Elephants and their diseases
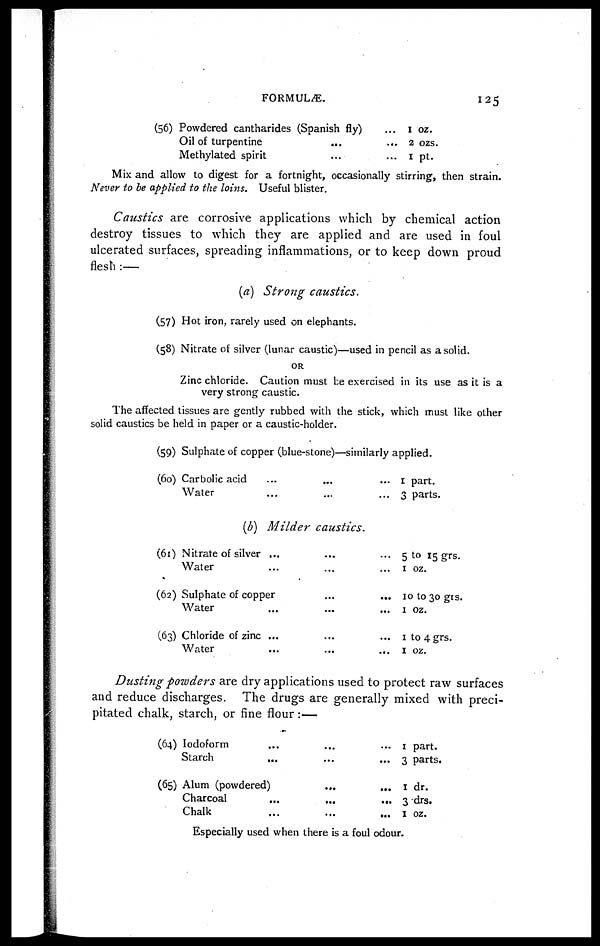
FORMULÆ.
125
(56) Powdered cantharides (Spanish
fly)...
Oil of turpentine.....
Methylated spirit......
1 oz.
2 ozs.
1 pt.
Mix and allow to digest for a fortnight, occasionally stirring, then strain.
Never to be applied to the loins. Useful blister.
Caustics are corrosive applications which by chemical action
destroy tissues to which they are applied and are used in foul
ulcerated surfaces, spreading inflammations, or to keep down proud
flesh :—
(a) Strong
caustics.
(57)
(58)
Hot iron, rarely used on elephants.
Nitrate of silver (lunar caustic)—used in pencil as a solid.
OR
Zinc chloride. Caution must be exercised in its use as it is a
very strong caustic.
The affected tissues are gently rubbed with the stick, which must like other
solid caustics be held in paper or a caustic-holder.
(59)
(60)
(61)
(62)
(63)
Sulphate of copper (blue-stone)—similarly applied.
Carbolic acid......
...
Water.........
1 part.
3 parts.
(b) Milder
caustics.
Nitrate of silver
.........
Water
.........
Sulphate of copper......
Water
...
...
...
Chloride of zinc
.........
Water.........
5 to 15 grs-
1 oz.
10 to 30 grs.
1 oz.
1 to 4 grs.
1 oz.
Dusting powders are dry applications used to protect raw surfaces
and reduce discharges.
The drugs are generally mixed with preci-
pitated chalk, starch, or fine flour:—
(64)
(65)
Iodoform.........
Starch.........
Alum (powdered)......
Charcoal.........
Chalk.........
1 part.
3 parts.
1 dr.
3 drs.
1 oz.
Especially used when there is a foul odour.